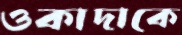
ওকাদাকে